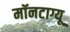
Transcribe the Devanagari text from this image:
मॉनटाग्यू